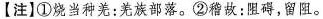
[注] ①烧当种羌：族落。②暗放；阻碍，留阻。